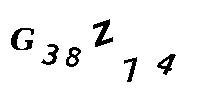
G38Z74